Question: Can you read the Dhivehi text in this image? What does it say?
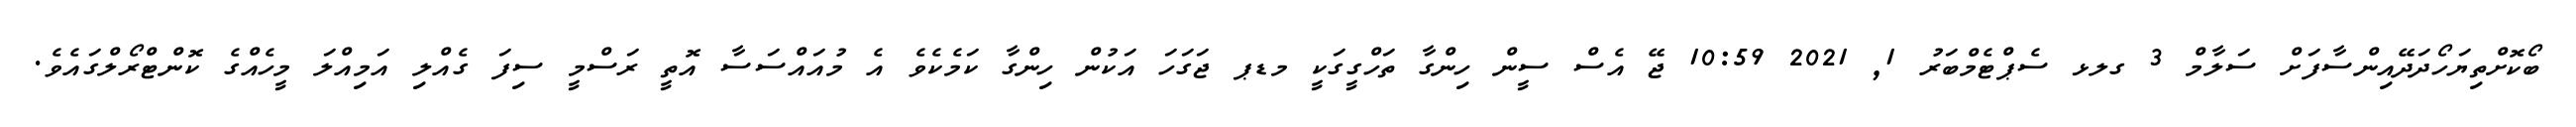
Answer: ބޯކޮށްތިޔަހޯދަދޭއިންސާފަށް ސަލާމް 3 ގލޅ ސެޕްޓެމްބަރު 1, 2021 10:59 ޖޭ އެސް ސީން ހިންގާ ތަހްގީގަކީ މޑޕ ޖަގަހަ އަކުން ހިންގާ ކަމެކެވެ އެ މުއައްސަސާ އޮތީ ރަސްމީ ސިފަ ގެއްލި އަމިއްލަ މީހެއްގެ ކޮންޓްރޯލްގައެވެ.